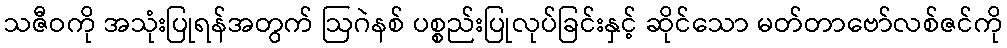
သဇီဝကို အသုံးပြုရန်အတွက် ဩဂဲနစ် ပစ္စည်းပြုလုပ်ခြင်းနှင့် ဆိုင်သော မတ်တာဗော်လစ်ဇင်ကို